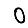
Digit: 0